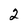
Character: 2